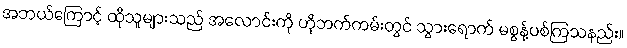
အဘယ်ကြောင့် ထိုသူများသည် အလောင်းကို ဟိုဘက်ကမ်းတွင် သွားရောက် မစွန့်ပစ်ကြသနည်း။